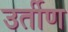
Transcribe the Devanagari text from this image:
उर्तीण